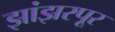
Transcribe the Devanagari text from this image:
झांझरपूर